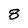
Character: 8